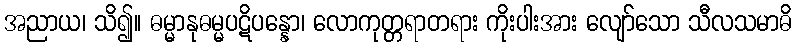
အညာယ၊ သိ၍။ ဓမ္မာနုဓမ္မပဋိပန္နော၊ လောကုတ္တရာတရား ကိုးပါးအား လျော်သော သီလသမာဓိ